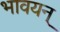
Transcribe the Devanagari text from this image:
भावयन्